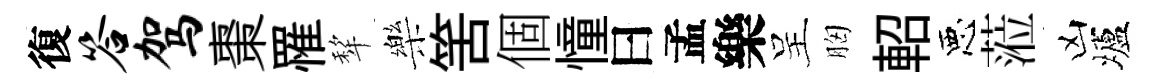
復答驾棗罹犂樂筈個憧曰孟樂呈胸軺惡蒞凶壚